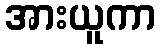
အားယူကာ